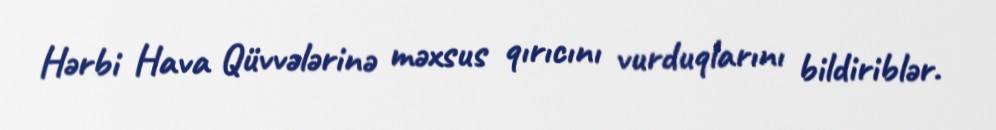
Hərbi Hava Qüvvələrinə məxsus qırıcını vurduqlarını bildiriblər.